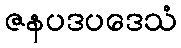
ဇနပဒပဒေသံ